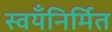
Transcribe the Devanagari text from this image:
स्वयँनिर्मित